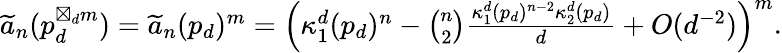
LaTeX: \begin{array}{r}{\widetilde{a}_{n}(p_{d}^{\boxtimes_{d}m})=\widetilde{a}_{n}(p_{d})^{m}=\left(\kappa_{1}^{d}(p_{d})^{n}-\binom{n}{2}\frac{\kappa_{1}^{d}(p_{d})^{n-2}\kappa_{2}^{d}(p_{d})}{d}+O(d^{-2})\right)^{m}.}\end{array}